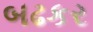
બઢકર